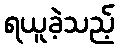
ရယူခဲ့သည့်